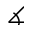
\measuredangle